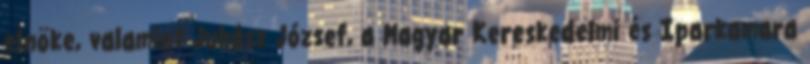
elnöke, valamint Juhász József, a Magyar Kereskedelmi és Iparkamara